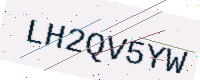
Text: LH2QV5YW